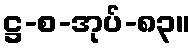
ဋ္ဌ-စ-အုပ်-၈၃။